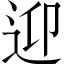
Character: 迎